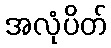
အလုံပိတ်